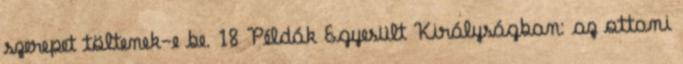
szerepet töltenek-e be. 18 Példák Egyesült Királyságban: az ottani